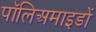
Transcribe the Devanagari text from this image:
पॉलिअमाइडों